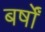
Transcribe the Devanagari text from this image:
बर्षोंं